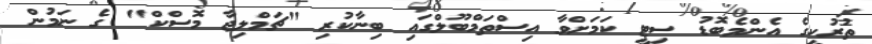
ތުރުކީގެ އެންމެބޮޑު ސިޓީ ކަމަށްވާ އިސްތަމްބޫލްގައި ބިނާކުރި "ޗަމްލިޖާ މޮސްކް" ގެ ނަމުން